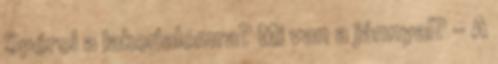
Spórol a lakodalomra? Mi van a jánnyal? - A